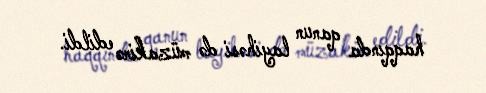
haqqında qanun layihəsi də müzakirə edildi.